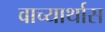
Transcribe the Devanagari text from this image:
वाच्यार्थास